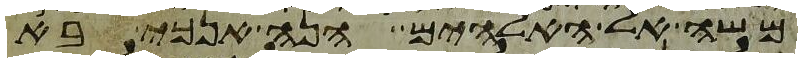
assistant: משה אל האלהים הנה אנכי בא